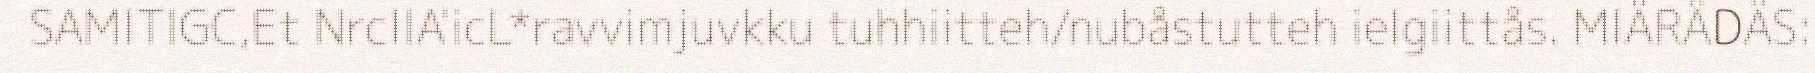
SAMITIGC,Et NrcIIA'icL*ravvimjuvkku tuhhiitteh/nubåstutteh ieIgiittås. MIÄRÄDÄS: